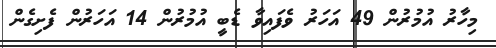
މިހާރު އުމުރުން 49 އަހަރު ވެފައިވާ ޑެބީ އުމުރުން 14 އަހަރުން ފެށިގެން